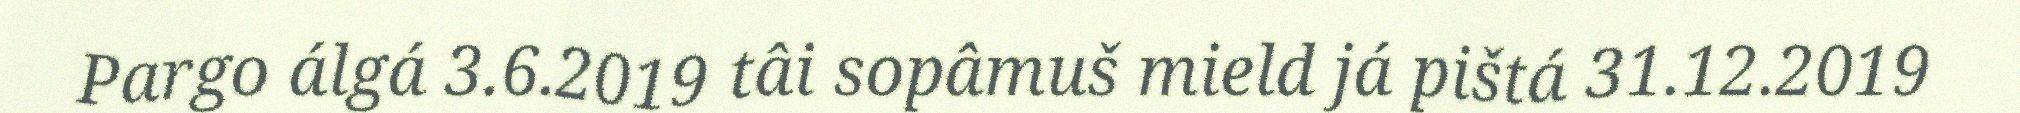
Pargo álgá 3.6.2019 tâi sopâmuš mield já pištá 31.12.2019